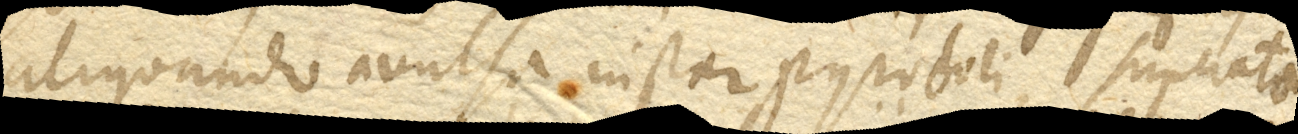
aliquando avulsa instar pyroboli, superata